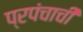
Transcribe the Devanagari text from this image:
प्रपंचाची